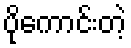
ပိုကောင်းတဲ့